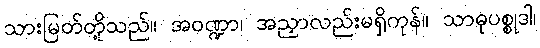
သားမြတ်တို့သည်။ အဝဏ္ဍာ၊ အညှာလည်းမရှိကုန်။ သာဓုပစ္စုဒါ၊